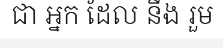
ជា អ្នក ដែល នឹង រួម